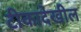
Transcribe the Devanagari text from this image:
टीकादेखील